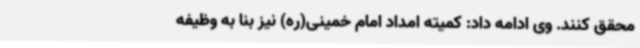
محقق کنند. وی ادامه داد: کمیته امداد امام خمینی(ره) نیز بنا به وظیفه